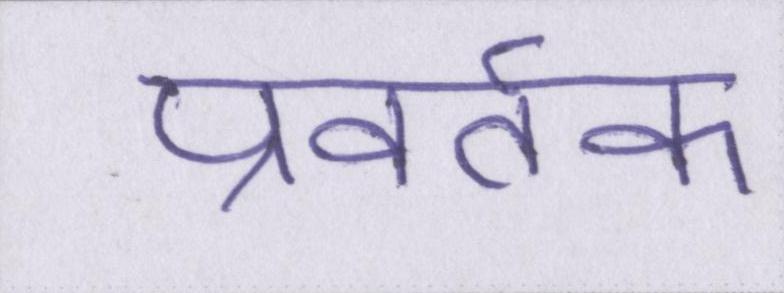
प्रवर्तक